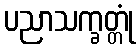
ပညာသက္ခတ္တုံ